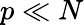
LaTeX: p\ll N